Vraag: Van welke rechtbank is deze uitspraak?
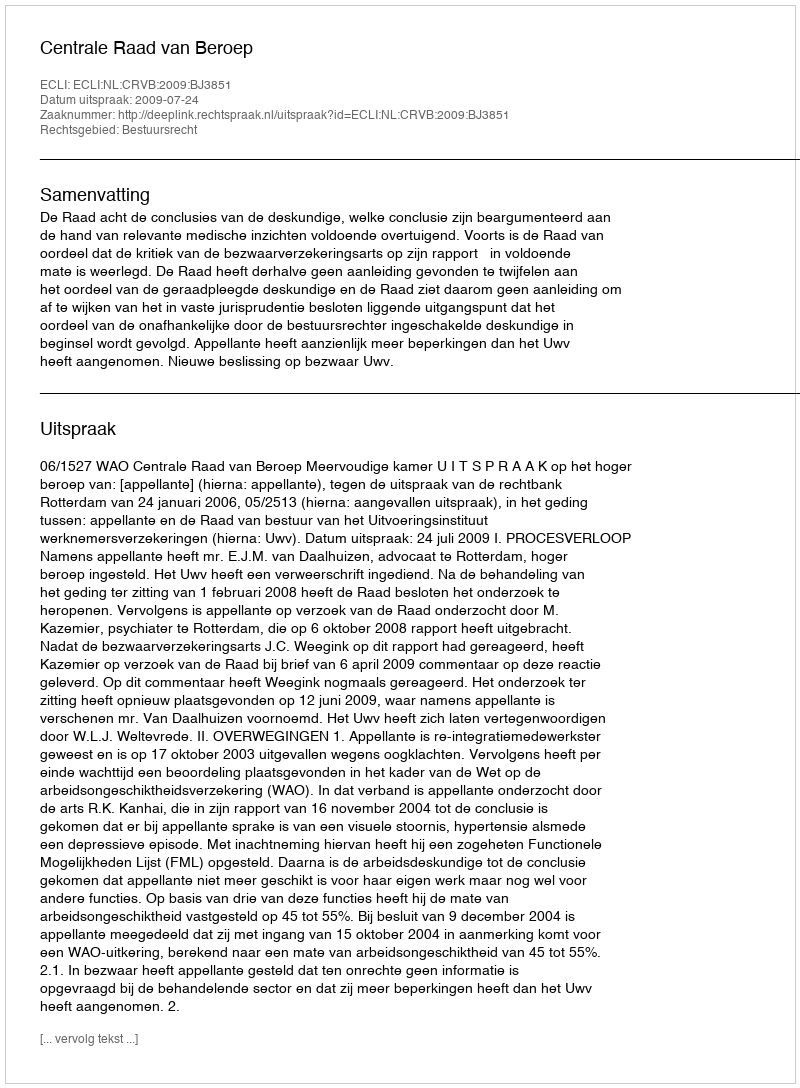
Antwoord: Centrale Raad van Beroep